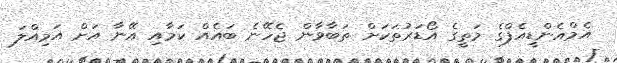
އެމްއެންޑީއެފްގެ މަތީގެ އޯޑަރުތަކަށް ތަބާވާން ޖެހޭނެ ބައެއް ކަމާއި އޭނާ އަށް އަމިއްލަ